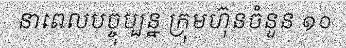
នាពេលបច្ចុប្បន្ន ក្រុមហ៊ុនចំនួន ១០